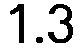
1.3